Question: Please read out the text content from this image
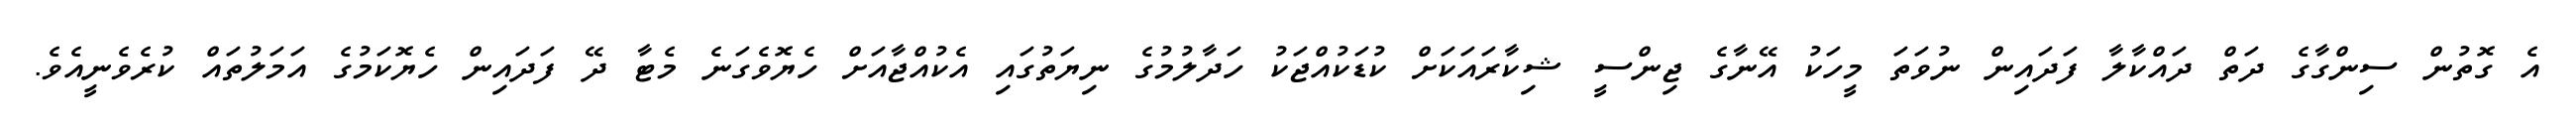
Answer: އެ ގޮތުން ސިންގާގެ ދަތް ދައްކާލާ ފަދައިން ނުވަތަ މީހަކު އޭނާގެ ޖިންސީ ޝިކާރައަކަށް ކުޑަކުއްޖަކު ހަދާލުމުގެ ނިޔަތުގައި އެކުއްޖާއަށް ހެޔޮވެގަނެ މެޓާ ދޭ ފަދައިން ހެޔޮކަމުގެ އަމަލުތައް ކުރެވެނީއެވެ.